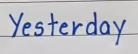
Yesterday